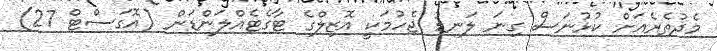
މެދުތެރެއަށް ކުޅުނަސް ގިނަ ލަނޑު ޖެހުމަކީ އޮޒިލްގެ ޓާގެޓެއްލަންޑަން (އޮގަސްޓް 27)